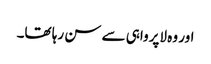
اور وہ لاپرواہی سے سن رہا تھا۔